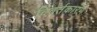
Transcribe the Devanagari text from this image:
विवर्तकारण